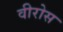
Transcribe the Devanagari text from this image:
वीरोस